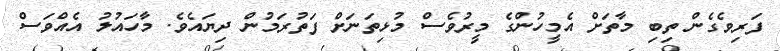
ފަރިވެގެން ތިބި މާތަށް އެމީހުންގެ މީރުވެސް މުޅިތަނަށް ފަތުރަމުން ދިޔައެވެ. މާހައުލު އެއްވަސް